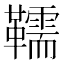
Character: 𩍥